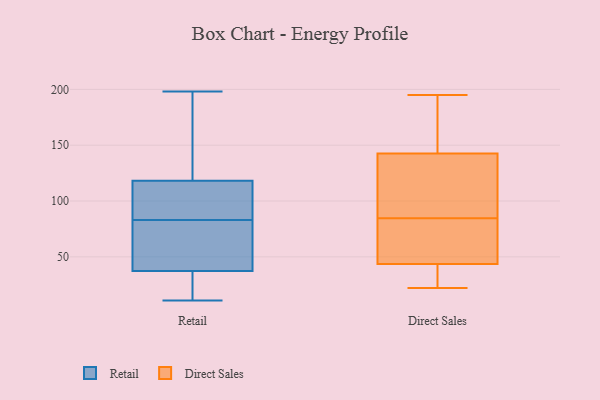
{"axis": {"x": "Waste Production (Tons)", "y": "Value"}, "legend": ["Direct Sales", "Retail"], "data": [{"x": "", "y": 88, "type": "Retail"}, {"x": "", "y": 198, "type": "Retail"}, {"x": "", "y": 19, "type": "Retail"}, {"x": "", "y": 90, "type": "Retail"}, {"x": "", "y": 83, "type": "Retail"}, {"x": "", "y": 22, "type": "Retail"}, {"x": "", "y": 148, "type": "Retail"}, {"x": "", "y": 120, "type": "Retail"}, {"x": "", "y": 195, "type": "Retail"}, {"x": "", "y": 11, "type": "Retail"}, {"x": "", "y": 113, "type": "Retail"}, {"x": "", "y": 65, "type": "Retail"}, {"x": "", "y": 62, "type": "Retail"}, {"x": "", "y": 29, "type": "Retail"}, {"x": "", "y": 78, "type": "Retail"}, {"x": "", "y": 162, "type": "Direct Sales"}, {"x": "", "y": 132, "type": "Direct Sales"}, {"x": "", "y": 142, "type": "Direct Sales"}, {"x": "", "y": 51, "type": "Direct Sales"}, {"x": "", "y": 22, "type": "Direct Sales"}, {"x": "", "y": 56, "type": "Direct Sales"}, {"x": "", "y": 73, "type": "Direct Sales"}, {"x": "", "y": 36, "type": "Direct Sales"}, {"x": "", "y": 27, "type": "Direct Sales"}, {"x": "", "y": 195, "type": "Direct Sales"}, {"x": "", "y": 96, "type": "Direct Sales"}, {"x": "", "y": 143, "type": "Direct Sales"}]}